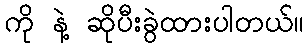
ကို နဲ့ ဆိုပီးခွဲထားပါတယ်။